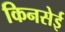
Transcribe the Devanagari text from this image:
किनसेई